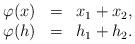
LaTeX: \begin{align*} \begin{array}{llll} \varphi(x)&=& x_1+x_2,\\ \varphi(h)&=& h_1+h_2. \end{array} \end{align*}